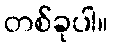
တစ်ခုပါ။